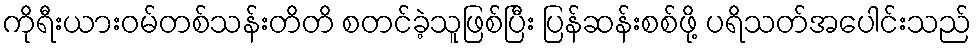
ကိုရီးယားဝမ်တစ်သန်းတိတိ စတင်ခဲ့သူဖြစ်ပြီး ပြန်ဆန်းစစ်ဖို့ ပရိသတ်အပေါင်းသည်